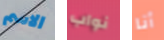
الاسم نواب أنا